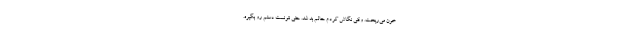
خون مي‌ريخت. وقتي نگاش كردم حالم بد شد. حتي نتونست دستم رو بگيره.